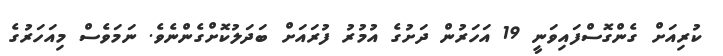
ކުރިއަށް ގެންގޮސްފައިވަނީ 19 އަހަރުން ދަށުގެ އުމުރު ފުރައަށް ބަދަލުކޮށްގެންނެވެ. ނަމަވެސް މިއަހަރުގެ